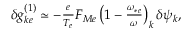
\begin{array} { r } { \delta g _ { k e } ^ { ( 1 ) } \simeq - \frac { e } { T _ { e } } F _ { M e } \left( 1 - \frac { \omega _ { * e } } { \omega } \right) _ { k } \delta \psi _ { k } , } \end{array}